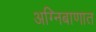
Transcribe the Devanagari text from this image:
अग्निबाणात